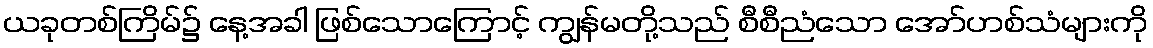
ယခုတစ်ကြိမ်၌ နေ့အခါ ဖြစ်သောကြောင့် ကျွန်မတို့သည် စီစီညံသော အော်ဟစ်သံများကို